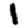
Digit: 1